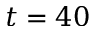
t = 4 0